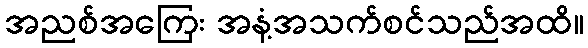
အညစ်အကြေး အနံ့အသက်စင်သည်အထိ။